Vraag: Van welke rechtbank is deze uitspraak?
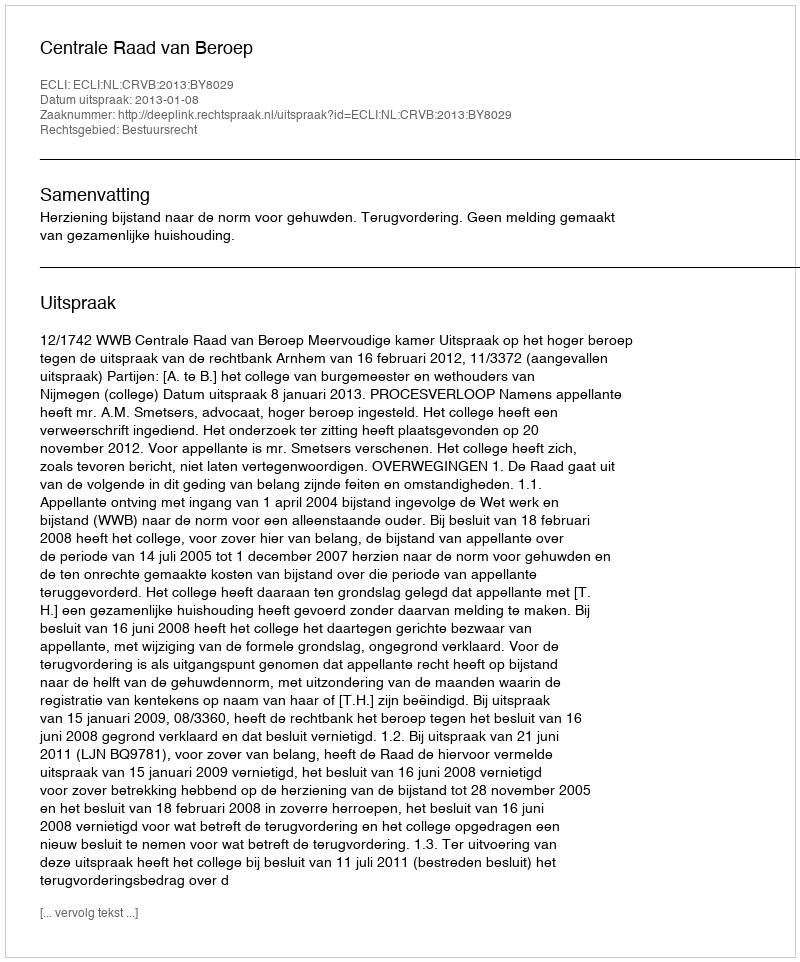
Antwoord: Centrale Raad van Beroep